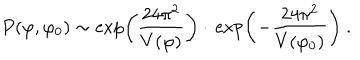
P ( \varphi , \varphi _ { 0 } ) \sim \exp \left( { \frac { 2 4 \pi ^ { 2 } } { V ( \varphi ) } } \right) \cdot \, \exp \left( - { \frac { 2 4 \pi ^ { 2 } } { V ( \varphi _ { 0 } ) } } \right) \ .